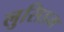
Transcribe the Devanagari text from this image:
लुसिडम